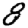
Digit: 8